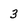
Character: 3